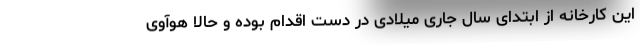
این کارخانه از ابتدای سال جاری میلادی در دست اقدام بوده و حالا هوآوی